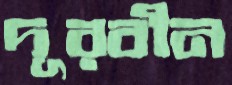
দূরবীন